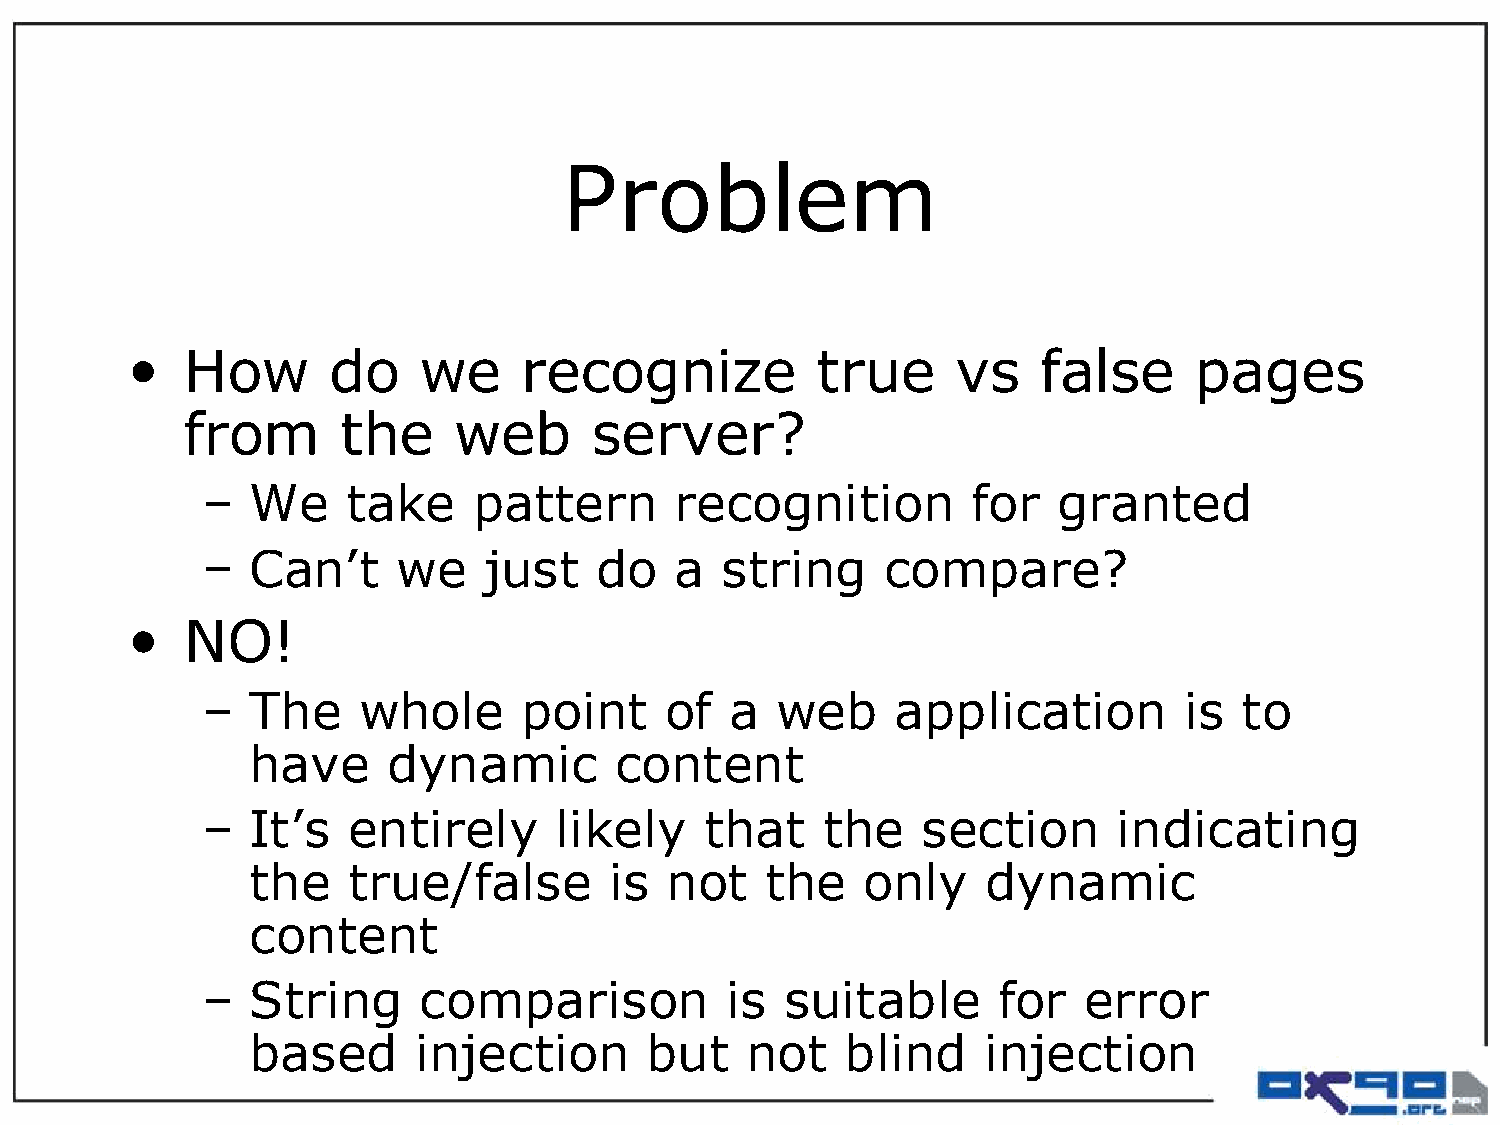
Problem
 •   How       do    we    recognize           true     vs    false     pages
 from      the     web      server?
 –  We     take    pattern       recognition        for   granted
 –  Can’t     we    just   do    a  string    compare?
 •   NO!
 –  The     whole     point     of  a  web     application        is  to
 have      dynamic        content
 –  It’s   entirely      likely    that   the    section      indicating
 the    true/false       is  not    the   only    dynamic
 content
 –  String      comparison          is  suitable      for   error
 based      injection       but   not    blind    injection